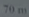
70m